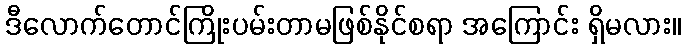
ဒီလောက်တောင်ကြိုးပမ်းတာမဖြစ်နိုင်စရာ အကြောင်း ရှိမလား။